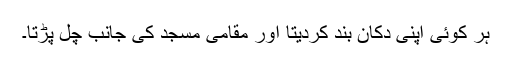
ہر کوئی اپنی دکان بند کردیتا اور مقامی مسجد کی جانب چل پڑتا۔